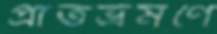
প্রাতর্ভ্রমণে